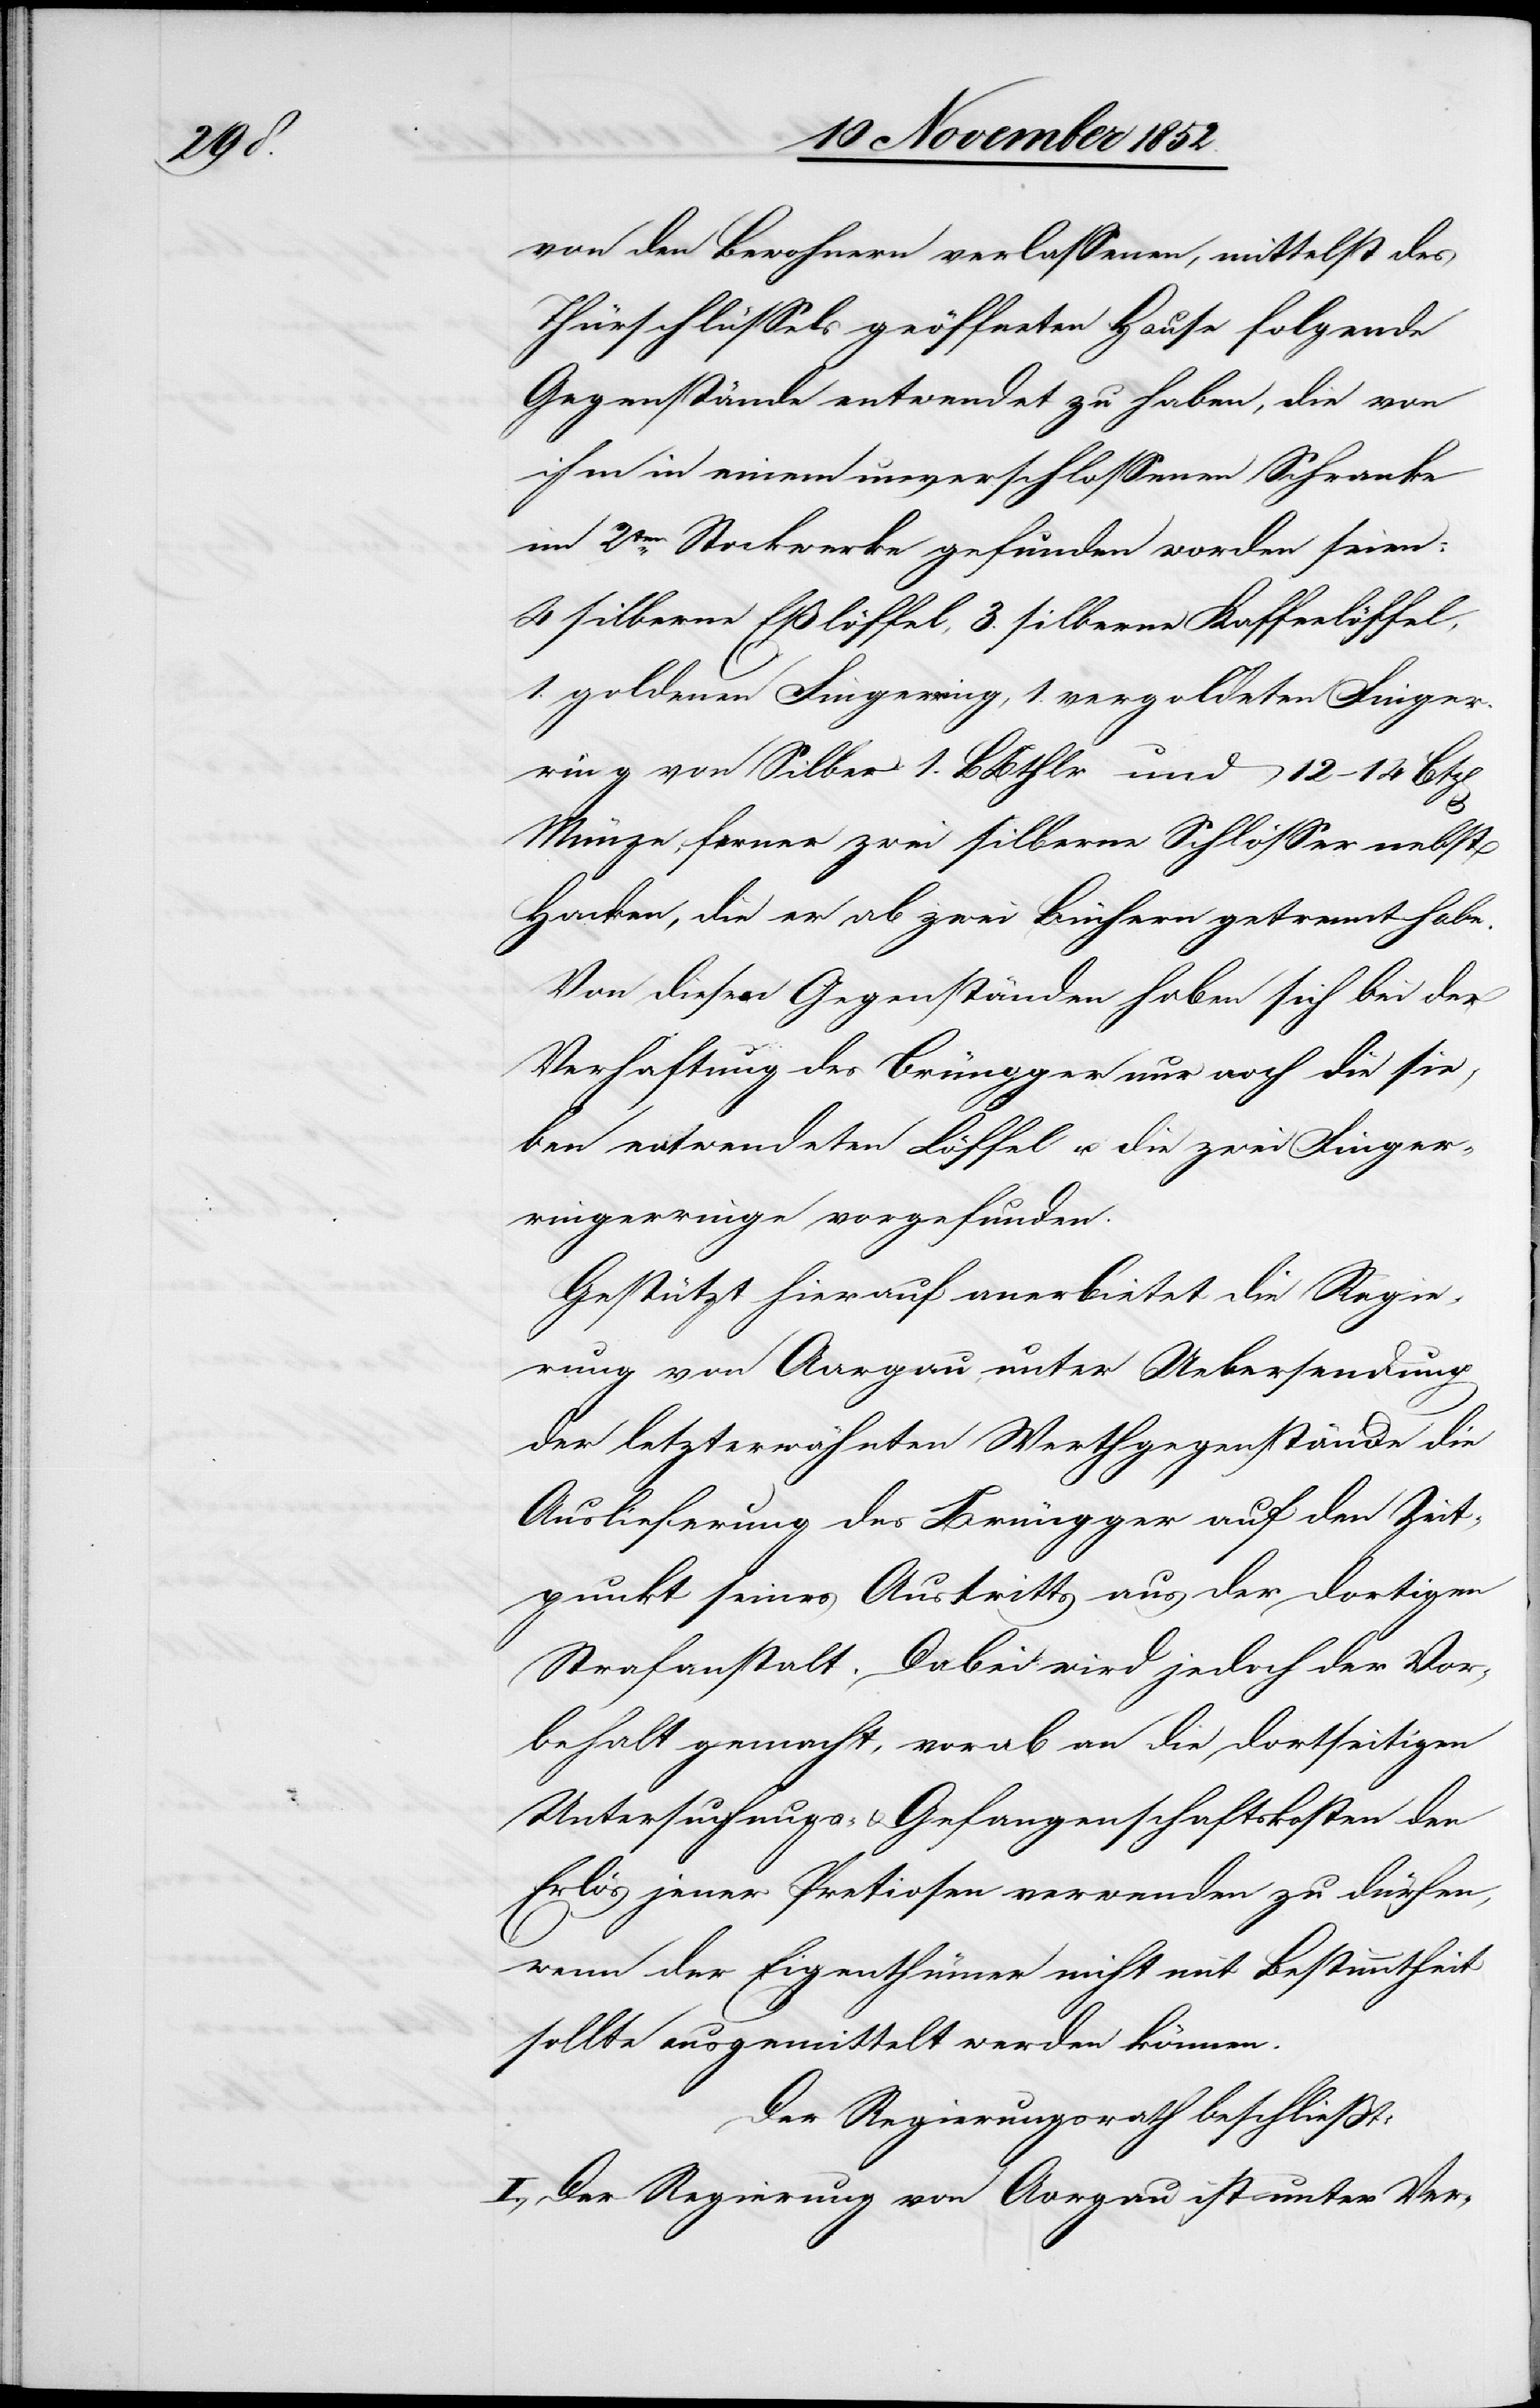
von den Bewohnern verlassenen, mittelst des
Thürschlüssels geöffneten Hause folgende
Gegenstände entwendet zu haben, die von
ihm in einem unverschlossenen Schranke
im 2ten. Stockwerke gefunden worden seien:
4 silberne Eßlöffel, 3. silberne Kaffeelöffel,
1. goldenen Fingerring, 1. vergoldeten Finger¬
ring von Silber[,] 1. BBthlr und 12–14
Münze, ferner zwei silberne Schlösser nebst
Hacken, die er ab zwei Büchern getrennt habe.
Von diesen Gegenständen haben sich bei der
Verhaftung des Brüngger nur noch die sie¬
ben entwendeten Löffel u. die zwei Finger¬
ringerringe [sic!] vorgefunden.
Gestützt hierauf anerbietet die Regie¬
rung von Aargau, unter Uebersendung
der letzterwähnten Werthgegenstände die
Auslieferung des Brüngger auf den Zeit¬
punkt seines Austritts aus der dortigen
Strafanstalt. Dabei wird jedoch der Vor¬
behalt gemacht, vorab an die dortseitigen
Untersuchungs- & Gefangenschaftskosten den
Erlös jener Pretiosen verwenden zu dürfen,
wenn der Eigenthümer nicht mit Bestimmtheit
sollte ausgemittelt werden können.
Der Regierungsrath beschließt:
I., Der Regierung von Aargau ist unter Ver-